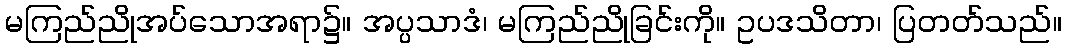
မကြည်ညိုအပ်သောအရာ၌။ အပ္ပသာဒံ၊ မကြည်ညိုခြင်းကို။ ဥပဒသိတာ၊ ပြတတ်သည်။